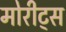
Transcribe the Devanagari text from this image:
मोरीट्स